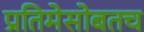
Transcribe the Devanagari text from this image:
प्रतिमेसोबतच